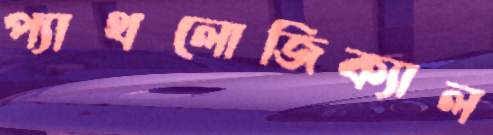
প্যাথলোজিক্যাল